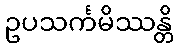
ဥပသင်္ကမိဿန္တိ